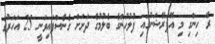
ރޭ ހިންގި މި އޮޕަރޭޝަނުގައި ފުލުހުންގެ ބެލުމުގެ ދަށަށް ގެނެސްފައިވަނީ 25 އަހަރުގެ